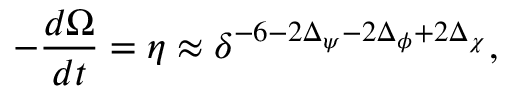
- \frac { d \Omega } { d t } = \eta \approx \delta ^ { - 6 - 2 \Delta _ { \psi } - 2 \Delta _ { \phi } + 2 \Delta _ { \chi } } ,